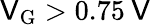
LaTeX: \mathsf{V}_{\mathrm{{G}}}>0.75\: \mathrm{{\mathsf{V}}}